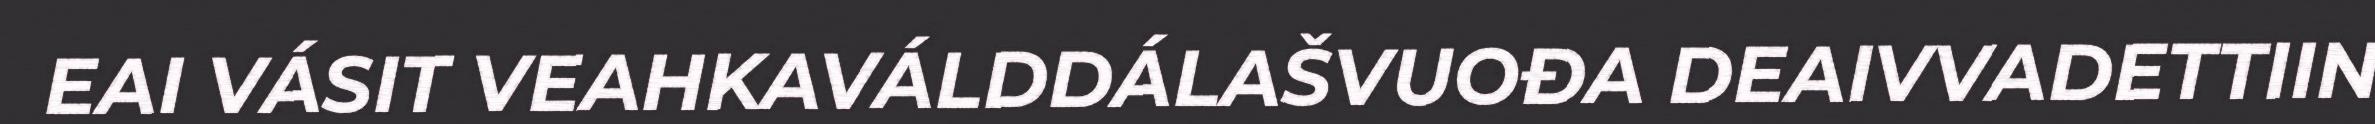
EAI VÁSIT VEAHKAVÁLDDÁLAŠVUOĐA DEAIVVADETTIIN